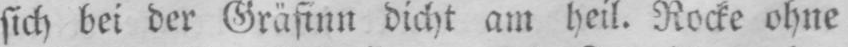
sich bei der Gräfinn dicht am heil. Rocke ohne